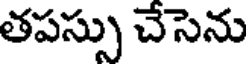
తపస్సు చేసెను